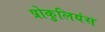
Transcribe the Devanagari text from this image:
प्रोकुलियंस